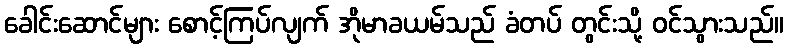
ခေါင်းဆောင်များ စောင့်ကြပ်လျက် အိုမာခယမ်သည် ခံတပ် တွင်းသို့ ဝင်သွားသည်။